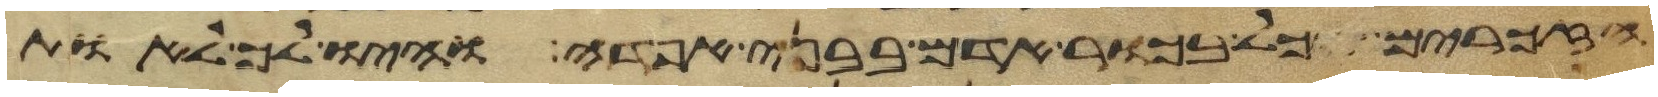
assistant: הזכרים וכל בכור אדם בבני אפדה והיו לך לאות